Report on sanitation, dispensaries, and jails in Rajputana for 1919, and on vaccination for the year 1919-1920 - 1919-1920
Year: 1919
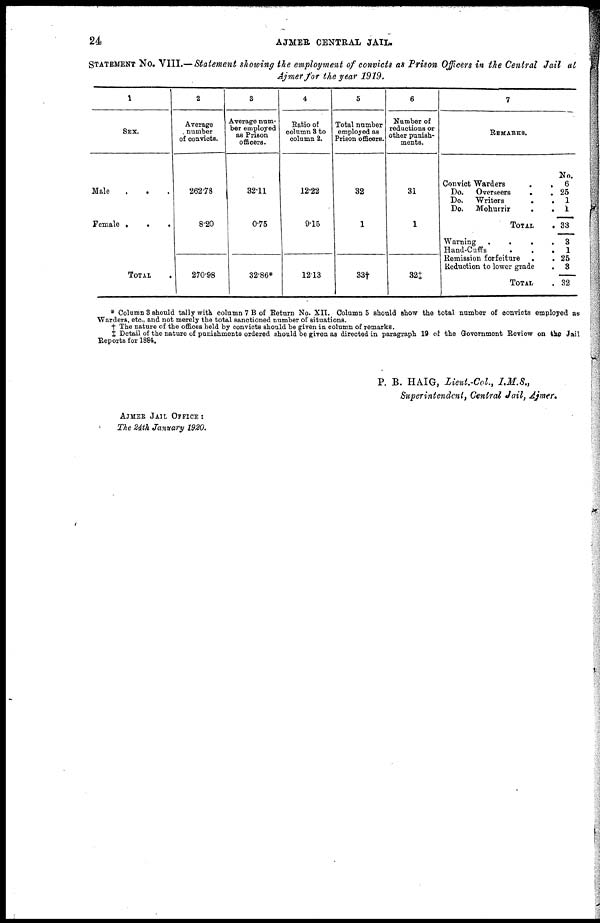
24
AJMER CENTRAL JAIL.
STATEMENT No. VIII.— Statement showing the employment of convicts as Prison Officers in the Central Jail at
Ajmer for the year 1919.
1
SEX.
Male . . .
Female . . .
TOTAL
.
2
Average
number
of convicts.
262.78
8.20
270.98
3
Average num-
ber employed
as Prison
officers.
32.11
0.75
32.86*
4
Ratio of
column 8 to
column 8.
12.22
9.15
12.13
5
Total number
employed as
Prison officers.
32
1
33†
6
Number of
reductions or
other punish-
ments.
31
1
32‡
7
REMERKS.
Convict Warders
.
.
Do.
Overseers
.
.
Do.
Writers
.
.
Do.
Mohurrir
.
.
TOTAL .
Warning
.
.
.
.
Hand-Cuffs
.
.
.
Remission forfeiture . .
Reduction to lower grade .
TOTAL .
No.
6
25
1
1
33
3
1
25
3
32
* Column 3 should tally with column 7 B of Return No. XII. Column 5 should show the total number of convicts employed as
Warders, etc., and not merely the total sanctioned number of situations.
† The nature of the offices hold by convicts should be given in column of remarks.
‡ Detail of the nature of punishments ordered should be given as directed in paragraph 19 of the Government Review on the Jail
Reports for 1884.
AJMER JAIL OFFICE :
The 24th January 1920.
P. B. HAIG, Lieut.-Col., I.M.S.,
Superintendent, Central Jail, Ajmer.